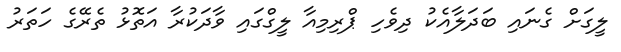
ލީގަށް ގެނައި ބަދަލާއެކު ދިވެހި ޕްރިމިއާ ލީގްގައި ވާދަކުރާ އަތޮޅު ތެރޭގެ ހަތަރު